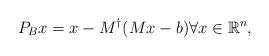
LaTeX: \begin{align*}P_Bx = x - M^{\dagger}(Mx-b)\forall x\in \mathbb{R}^n,\end{align*}